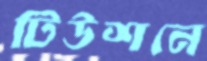
টিউশনে